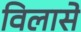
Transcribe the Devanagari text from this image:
विलासे